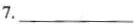
7.___